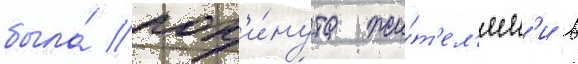
была́ пок'и́нута жи́т'ел'ям'и в